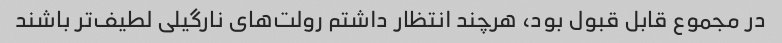
در مجموع قابل قبول بود، هرچند انتظار داشتم رولت‌های نارگیلی لطیف‌تر باشند